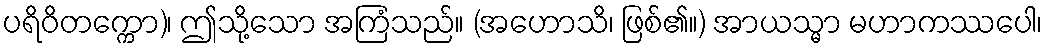
ပရိဝိတက္ကော)၊ ဤသို့သော အကြံသည်။ (အဟောသိ၊ ဖြစ်၏။) အာယသ္မာ မဟာကဿပေါ၊